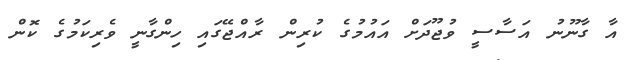
އާ ގާނޫނު އަސާސީ ވުޖޫދަށް އައުމުގެ ކުރިން ރާއްޖޭގައި ހިންގާނީ ވެރިކަމުގެ ކޮން